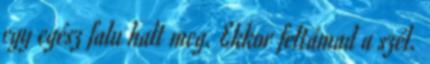
egy egész falu halt meg. Ekkor feltámad a szél.